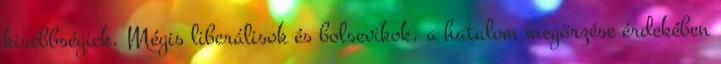
kisebbségiek. Mégis liberálisok és bolsevikok, a hatalom megőrzése érdekében